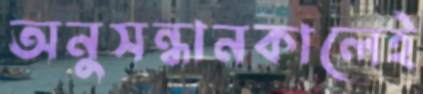
অনুসন্ধানকালেই